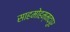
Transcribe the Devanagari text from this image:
साहमोहम्मदपुर